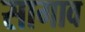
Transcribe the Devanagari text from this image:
सागाव